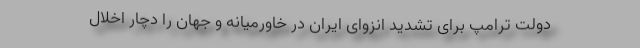
دولت ترامپ برای تشدید انزوای ایران در خاورمیانه و جهان را دچار اخلال